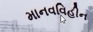
માનવવિહીન